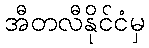
အီတလီနိုင်ငံမှ